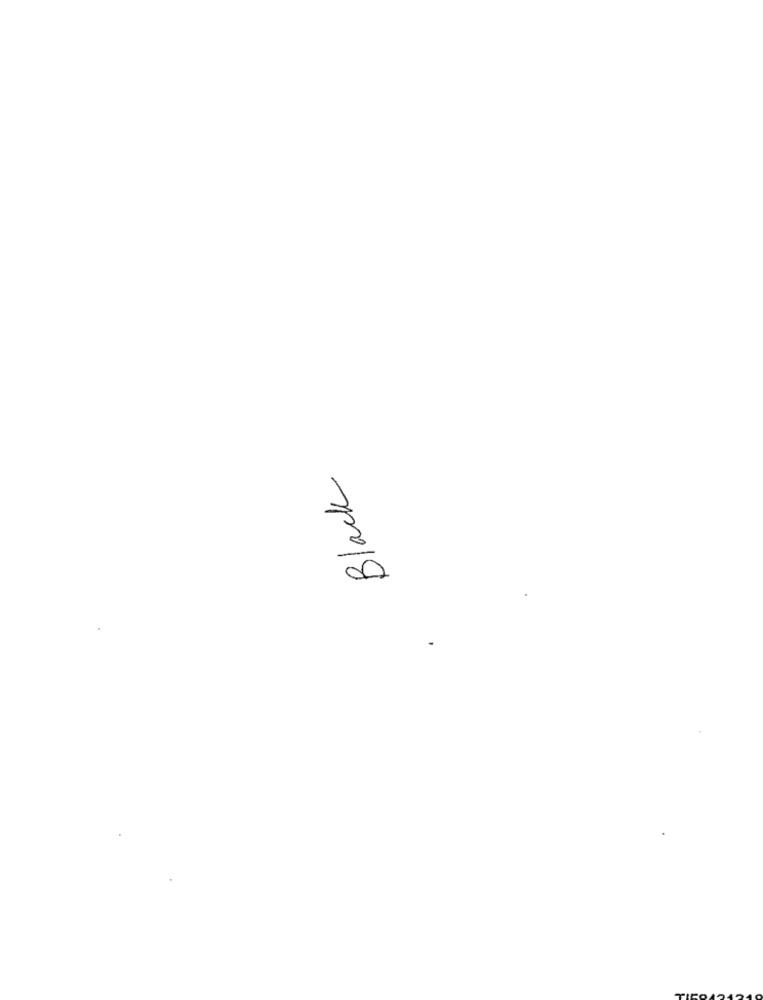
Black